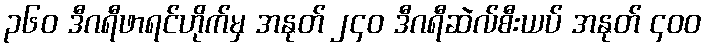
၃၆၀ ဒီဂရီဖာရင်ဟိုက်မှ အနုတ် ၂၄၀ ဒီဂရီဆဲလ်စီးယပ် အနုတ် ၄၀၀